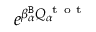
e ^ { \beta _ { \alpha } ^ { \tt B } Q _ { \alpha } ^ { \mathrm { ~ t ~ o ~ t ~ } } }